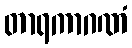
တာရကာဂဏံ